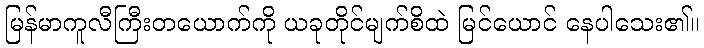
မြန်မာကူလီကြီးတယောက်ကို ယခုတိုင်မျက်စိထဲ မြင်ယောင် နေပါသေး၏။